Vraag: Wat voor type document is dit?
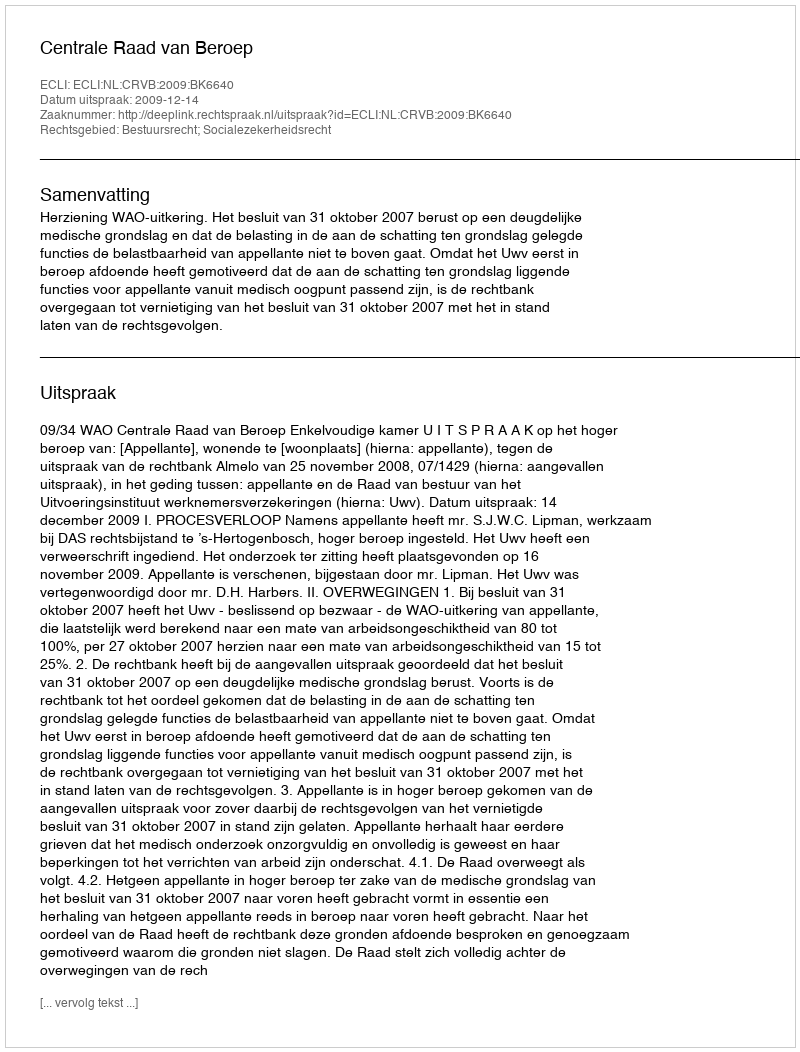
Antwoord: Uitspraak